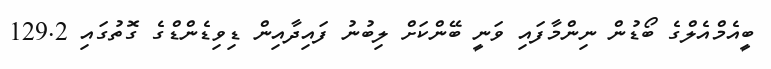
ބީއެމްއެލްގެ ބޯޑުން ނިންމާފައި ވަނީ ބޭންކަށް ލިބުނު ފައިދާއިން ޑިވިޑެންޑްގެ ގޮތުގައި 129.2